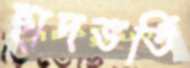
ছাদভর্তি